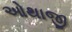
ઓથાજી